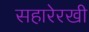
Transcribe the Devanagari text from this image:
सहारेरखी